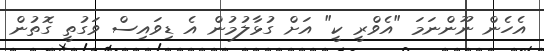
އެހެން ނޫންނަމަ "އެވްރީ ކީ" އަށް ގުޅާލުމުން އެ ޑިވައިސް ވަގުތީ ގޮތުން